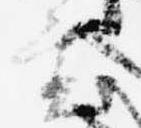
裏